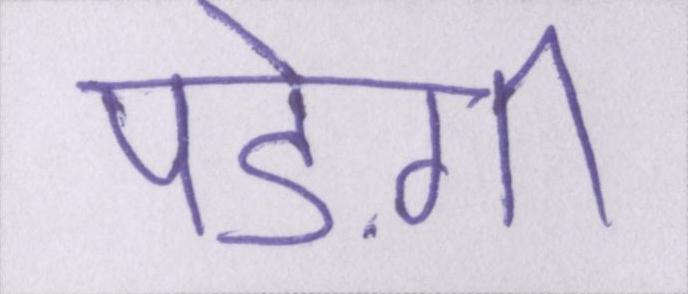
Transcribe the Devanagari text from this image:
पड़ेगी